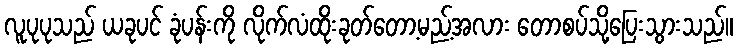
လူပုပုသည် ယခုပင် ခုံပန်းကို လိုက်လံထိုးခုတ်တော့မည့်အလား တောစပ်သို့ပြေးသွားသည်။